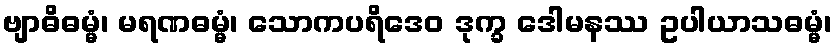
ဗျာဓိဓမ္မံ၊ မရဏဓမ္မံ၊ သောကပရိဒေဝ ဒုက္ခ ဒေါမနဿ ဥပါယာသဓမ္မံ၊